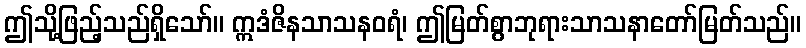
ဤသို့ဖြည့်သည်ရှိသော်။ ဣဒံဇိနသာသနဝရံ၊ ဤမြတ်စွာဘုရားသာသနာတော်မြတ်သည်။